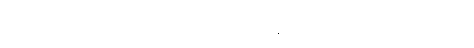
ဦးကောက်ရကတော့ မျဉ်းဖြောင့်တစ်ကြောင်းကို လက်မတုန်ဘဲရေးဖို့ အတော်ကြီး ကြိုးစားယူရသည်။